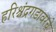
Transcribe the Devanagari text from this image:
हरिश्चंद्रगडावरचे